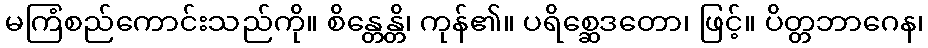
မကြံစည်ကောင်းသည်ကို။ စိန္တေန္တိ၊ ကုန်၏။ ပရိစ္ဆေဒတော၊ ဖြင့်။ ပိတ္တဘာဂေန၊